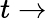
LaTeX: t\rightarrow